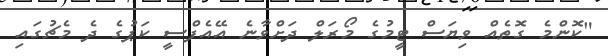
"ކޮންމެ ގޮތެއް ވިޔަސް ޓީމުގެ މޯރަލް ދަށްވާނެ އޭއެފްސީ ކަޕުގެ ދެ މެޗުގައި